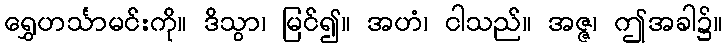
ရွှေဟင်္သာမင်းကို။ ဒိသွာ၊ မြင်၍။ အဟံ၊ ငါသည်။ အဇ္ဇ၊ ဤအခါ၌။